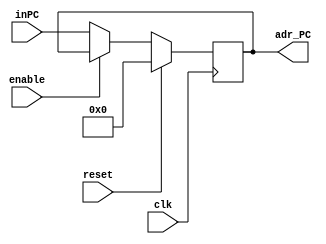
module PC (enable, inPC , adr_PC , reset ,clk );
  input 		enable;
  input 		[7:0] inPC;
  output	reg[7:0] adr_PC;
  input 		reset ,clk ;

always @(posedge clk)
begin
   
	if (reset==1)
    adr_PC=8'd0;
   
	else
	begin 
	if(!enable)	
		adr_PC <= inPC;
	end
	
 end 
   
 endmodule